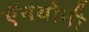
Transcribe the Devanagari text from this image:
ऍनथोनी